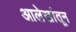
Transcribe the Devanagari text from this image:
आलेखांतून